Indian journal of veterinary science and animal husbandry - Volumes 18-21, 1948-1951
Year: 1948
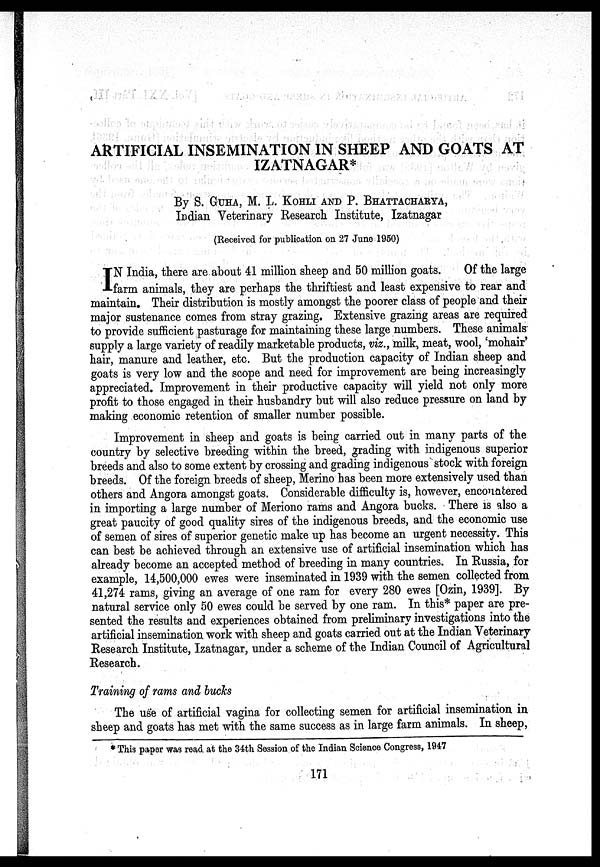
ARTIFICIAL INSEMINATION IN SHEEP AND GOATS AT
IZATNAGAR*
By S. GUHA, M. L. KOHLI AND P. BHATTACHARYA,
Indian Veterinary Research Institute, Izatnagar
(Received for publication on 27 June 1950)
I N India, there are about 41 million sheep and 50 million goats. Of the large
farm animals, they are perhaps the thriftiest and least expensive to rear and
maintain. Their distribution is mostly amongst the poorer class of people and their
major sustenance comes from stray grazing. Extensive grazing areas are required
to provide sufficient pasturage for maintaining these large numbers. These animals
supply a large variety of readily marketable products, viz., milk, meat, wool, 'mohair'
hair, manure and leather, etc. But the production capacity of Indian sheep and
goats is very low and the scope and need for improvement are being increasingly
appreciated. Improvement in their productive capacity will yield not only more
profit to those engaged in their husbandry but will also reduce pressure on land by
making economic retention of smaller number possible.
Improvement in sheep and goats is being carried out in many parts of the
country by selective breeding within the breed, grading with indigenous superior
breeds and also to some extent by crossing and grading indigenous stock with foreign
breeds. Of the foreign breeds of sheep, Merino has been more extensively used than
others and Angora amongst goats. Considerable difficulty is, however, encountered
in importing a large number of Meriono rams and Angora bucks. There is also a
great paucity of good quality sires of the indigenous breeds, and the economic use
of semen of sires of superior genetic make up has become an urgent necessity. This
can best be achieved through an extensive use of artificial insemination which has
already become an accepted method of breeding in many countries. In Russia, for
example, 14,500,000 ewes were inseminated in 1939 with the semen collected from
41,274 rams, giving an average of one ram for every 280 ewes [Ozin, 1939]. By
natural service only 50 ewes could be served by one ram. In this* paper are pre-
sented the results and experiences obtained from preliminary investigations into the
artificial insemination work with sheep and goats carried out at the Indian Veterinary
Research Institute, Izatnagar, under a scheme of the Indian Council of Agricultural
Research.
Training of rams and bucks
The use of artificial vagina for collecting semen for artificial insemination in
sheep and goats has met with the same success as in large farm animals. In sheep,
* This paper was read at the 34th Session of the Indian Science Congress, 1947
171